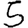
Digit: 5